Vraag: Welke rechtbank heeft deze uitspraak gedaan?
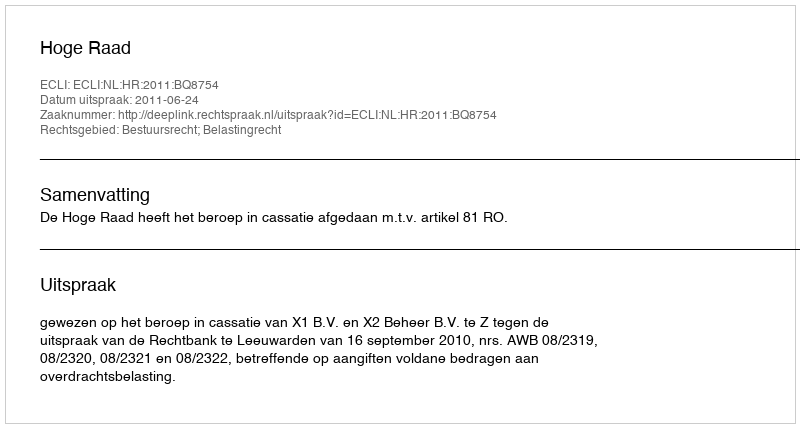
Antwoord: Hoge Raad